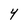
Character: 4